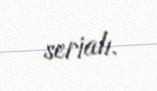
serialı.